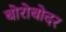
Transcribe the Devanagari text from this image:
बोरोबोदर